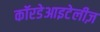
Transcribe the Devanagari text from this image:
कॉरडेआइटेलीज़